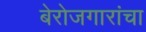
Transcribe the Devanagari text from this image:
बेरोजगारांचा